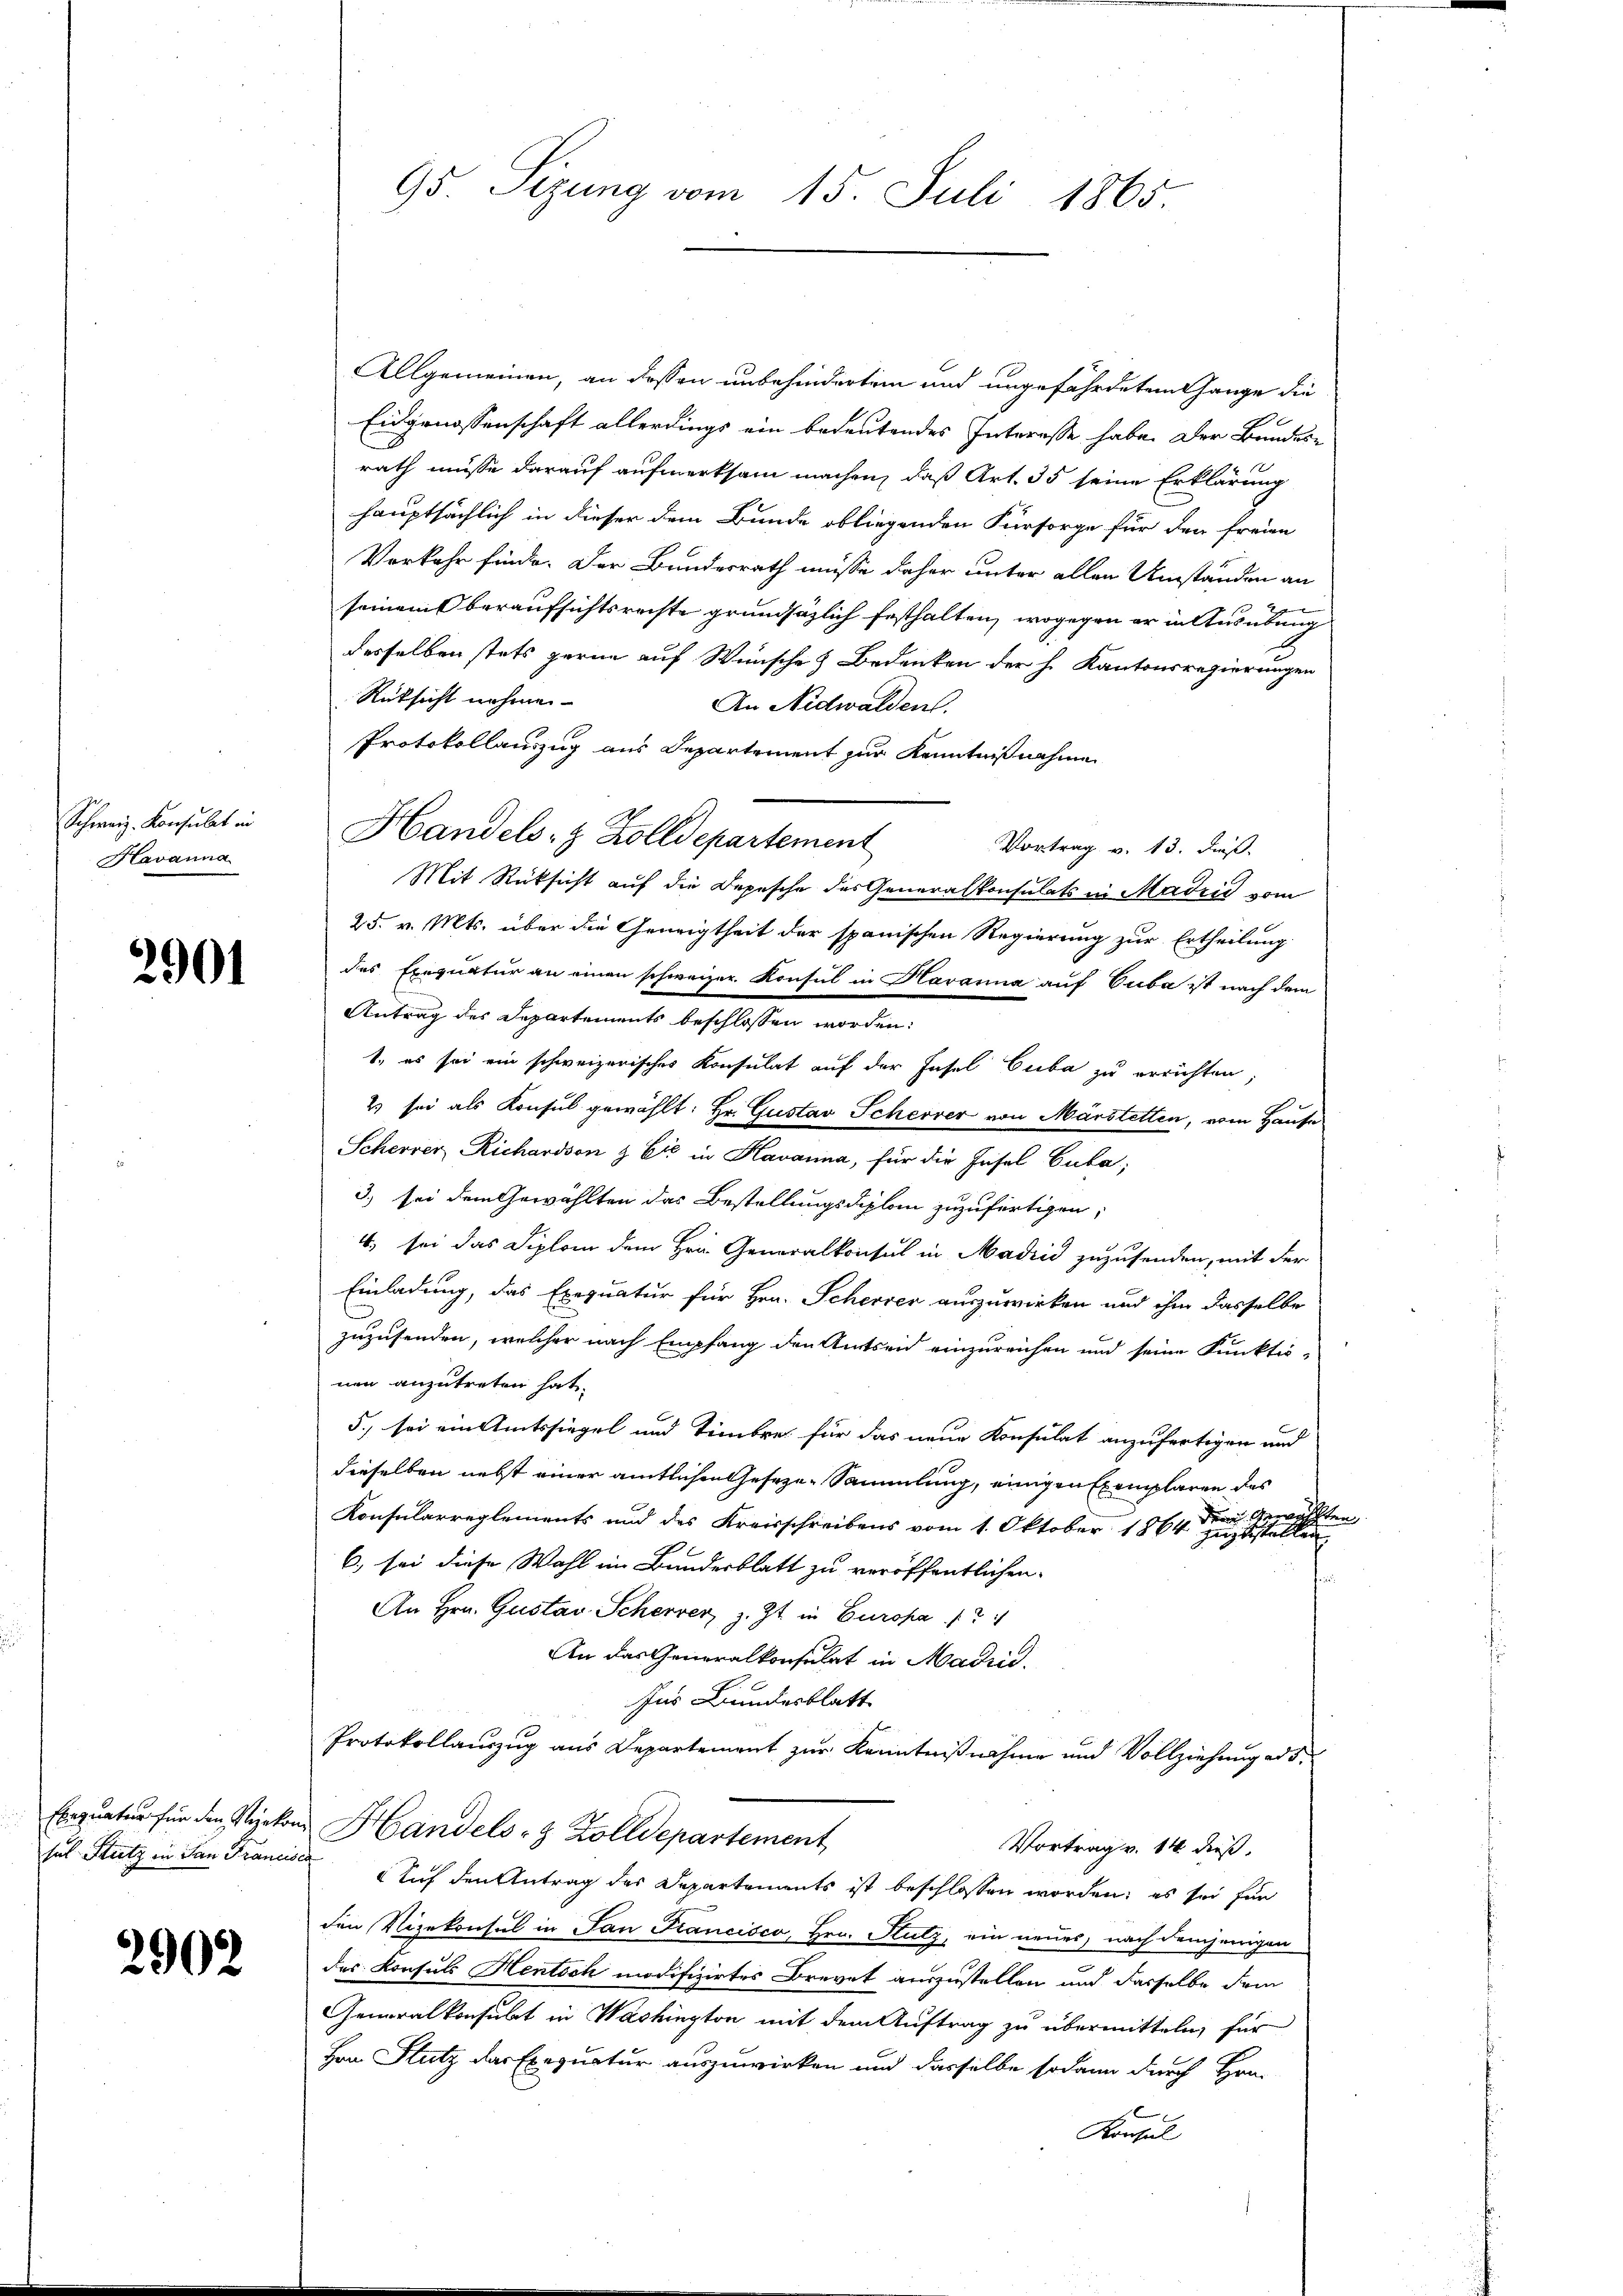
Havanna

2901

6)
302

Allgemeinen, an dessen unbehindertem und ungefährdeten Gange die
Eidgenossenschaft allerdings ein bedeutendes Interesse habe. Der Bundesrath müsse darauf aufmerksam machen, daß Art. 35 seine Erklärung
hauptsächlich in dieser dem Bunde obliegenden Fürsorge für den freien
Verkehr finde. Der Bundesrath müsse daher unter allen Umständen an
seinem Oberaufsichtsrechte grundsätzlich festhalten, wogegen er in Ausübung
2
desselben stets gerne auf Wunsche Bedenken der h. Kantonsregierungen
Rüksicht nehmen
An Nidwalden.
Protokollauszug aus Departement zur Kenntnißnahme
Vortrag v. 13. dieß.
Mit Rücksicht auf die Depesche des Generalkonsulats in Madrid vom
25. v. Mts. über die Geneigtheit der spanischen Regierung zur Ertheilung
des Exequatur an einen schweizer. Konsul in Havanna auf Cuba ist nach dem
Antrag des Departements beschlossen worden:
1., es sei ein schweizerisches Konsulat auf der Insel Cuba zu errichten,
2) sei als Konsul gewählt: Hr. Gustav Scherver von Märstetten, vom Hause
Scherrer Richardson & Cie in Havanna, für die Insel Guba;
3) sei dem Gewählten das Bestellungsdiplom zuzufertigen,
4. sei das Diplom dem Hrn. Generalkonsul in Madrid zuzusenden, mit der
Einladung, das Exequatur für Hrn. Scherer auszuwirken und ihm dasselbe
zuzusenden, welcher nach Empfang den Amtseid einzureichen und seine Funktio-
nen anzutreten hat.
5.) sei ein Amtssiegel und Timbres für das neue Konsulat anzufertigen und
dieselben nebst einer amtlichen Geseze-Sammlung, einigen Exemplaren des

Der Ge
hlen.
Konsularreglements und des Kreisschreibens vom 1. Oktober 1864 zu stellen
6.) sei diese Wahl im Bundesblatt zu veröffentlichen
An Hrn. Gustav Scherrer, z. Zt. in Europa (21
An das Generalkonsulat in Madrid.
Ins Bundesblatt
Protokollauszug aus Departement zur Kenntnißnahme und Vollziehung ad 5.
Exequatur für den Vizekon Handels- & Zolldepartement
Vortrag v. 14. dieß.
sul Stutz in San Franciser Auf den Antrag des Departements ist beschlossen worden; es sei für
den Vizekonsul in San Francisco, Hrn. Stutz, ein neues, nach demjenigen
des Konsuls Hentsch modifizirtes Brevet auszustellen und dasselbe dem
Generalkonsulat in Washington mit dem Auftrag zu übermitteln, für
Hrn Stutz der Exequatur auszuwirken und dasselbe sodann durch Hrn.
Konsul

95 Sizung vom 15. Juli 1865.

Schweiz. Konsulat in Handels- & Zolldepartement